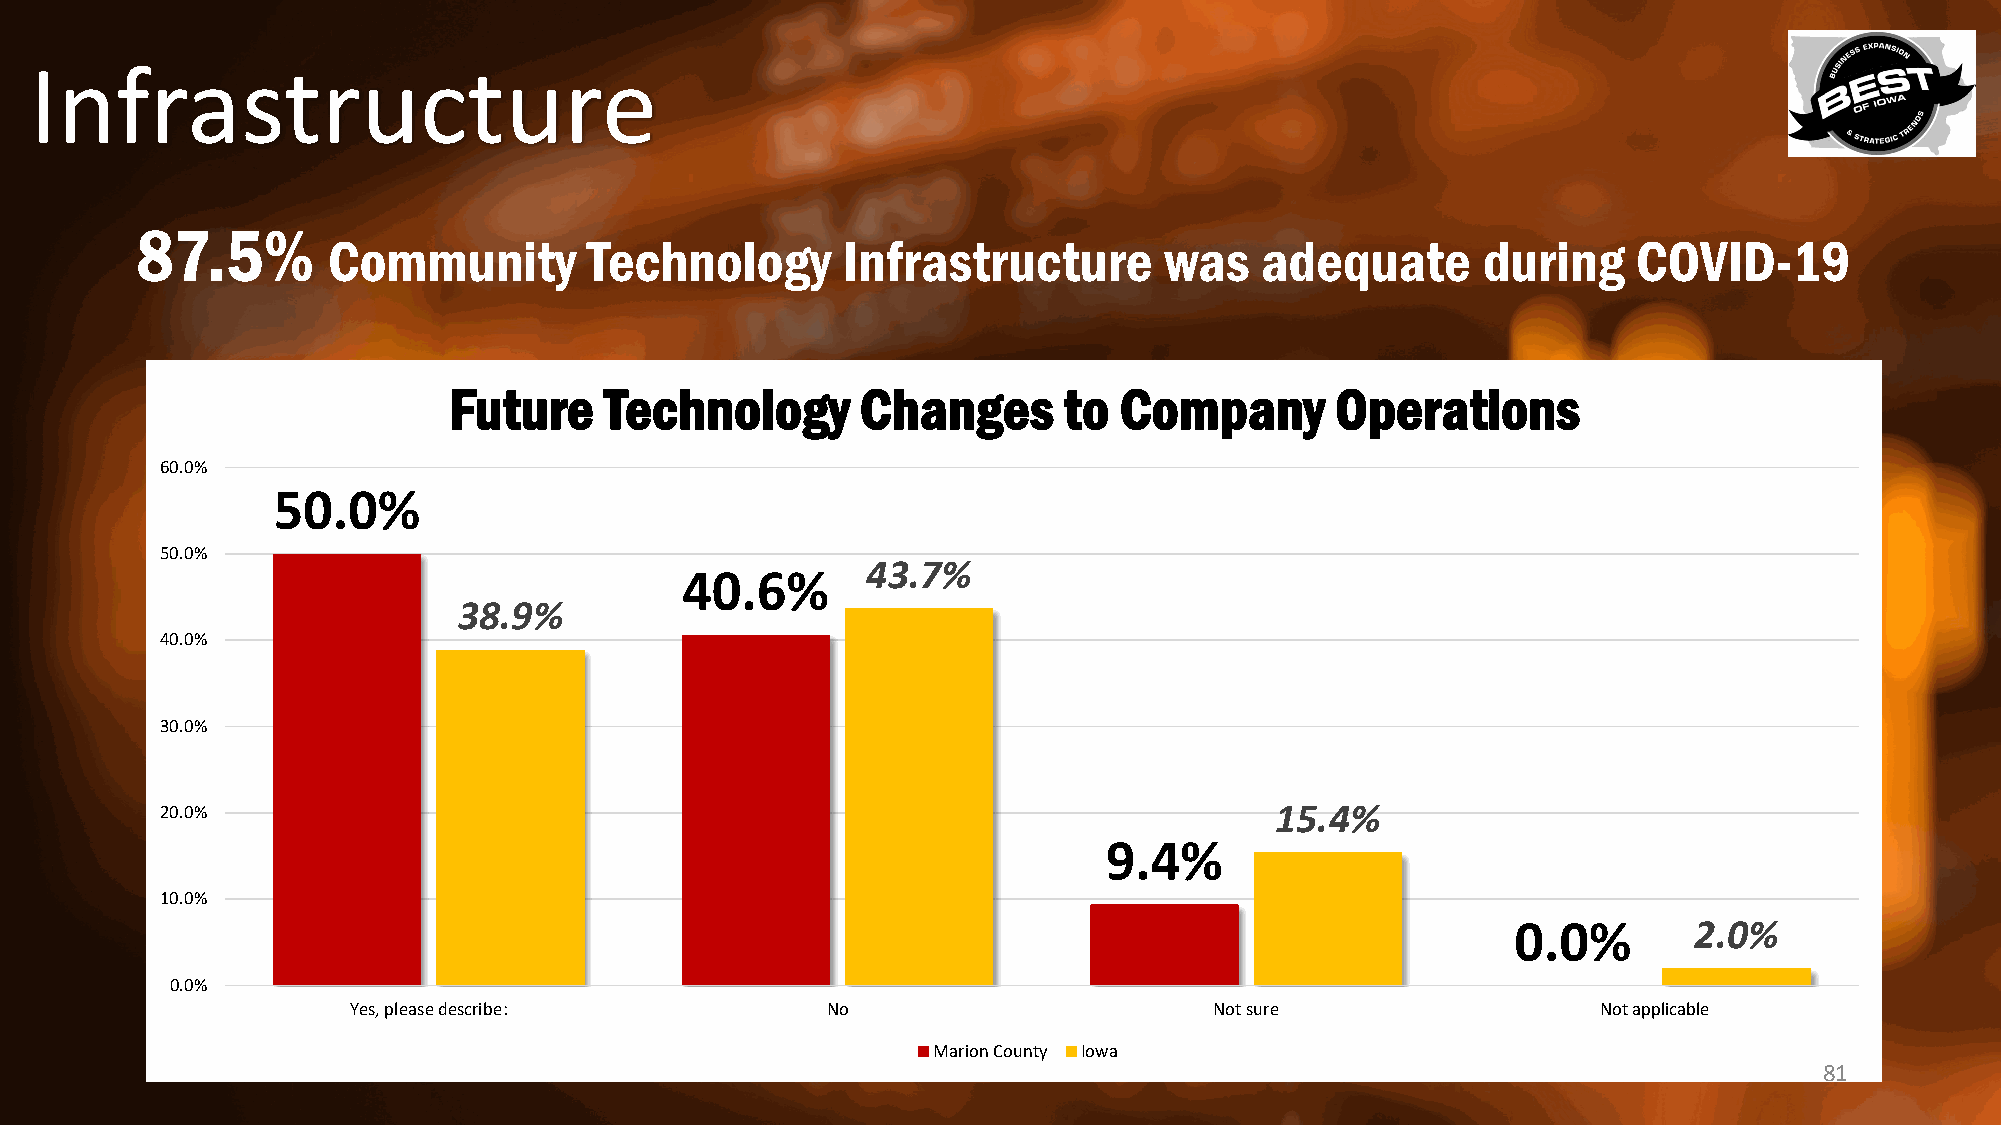
Infrastructure
 87.5%
 Community        Technology       Infrastructure       was   adequate       during    COVID-19
 Future    Technology       Changes      to  Company       Operations
 60.0%
 50.0%
 50.0%
 43.7%
 40.6%
 38.9%
 40.0%
 30.0%
 20.0%                                                                    15.4%
 9.4%
 10.0%
 0.0%        2.0%
 0.0%
 Yes, please describe:           No                       Not sure                  Not applicable
 Marion County Iowa
 81